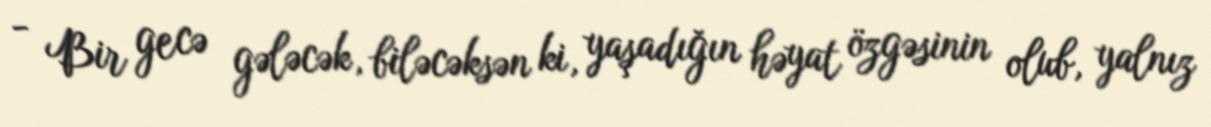
- Bir gecə gələcək, biləcəksən ki, yaşadığın həyat özgəsinin olub, yalnız